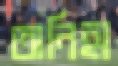
অনিহা